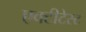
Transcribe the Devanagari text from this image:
एक्टीटेस्ट